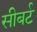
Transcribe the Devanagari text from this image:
सीबर्ट